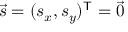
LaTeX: { \vec { s } } = ( s _ { x } , s _ { y } ) ^ { \mathsf { T } } = { \vec { 0 } } \,